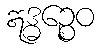
ဣဒ္ဓဉ္စေဝ